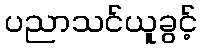
ပညာသင်ယူခွင့်